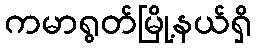
ကမာရွတ်မြို့နယ်ရှိ